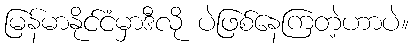
မြန်မာနိုင်ငံမှာဒီလို ပဲဖြစ်နေကြတဲ့ဟာပဲ။